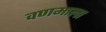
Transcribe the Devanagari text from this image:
वणमाला